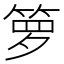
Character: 箩